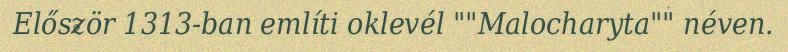
Először 1313-ban említi oklevél ""Malocharyta"" néven.